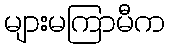
များမကြာမီက